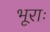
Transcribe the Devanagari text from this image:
भूराः